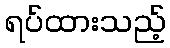
ရပ်ထားသည့်